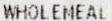
WHOLEMEAL